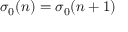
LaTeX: \sigma _ { 0 } ( n ) = \sigma _ { 0 } ( n + 1 )